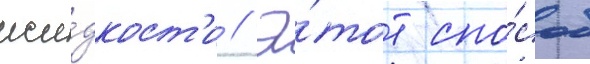
жи́дкост'и // Э́тот спо́соб